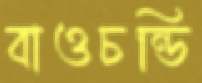
বাওচন্ডি